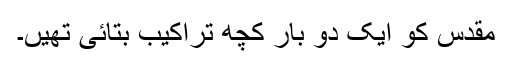
مقدس کو ایک دو بار کچھ تراکیب بتائی تھیں۔